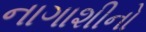
નાગાશીનો